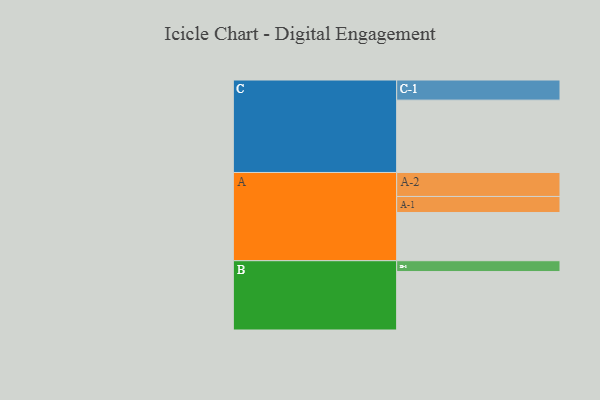
{"axis": {"x": "Segment", "y": "Value"}, "legend": ["", "A", "B", "C"], "data": [{"x": "A", "y": 364, "type": ""}, {"x": "B", "y": 441, "type": ""}, {"x": "C", "y": 546, "type": ""}, {"x": "A-1", "y": 121, "type": "A"}, {"x": "A-2", "y": 181, "type": "A"}, {"x": "B-1", "y": 82, "type": "B"}, {"x": "C-1", "y": 152, "type": "C"}]}